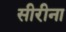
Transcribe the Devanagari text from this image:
सीरीना